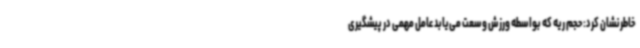
خاطرنشان کرد: حجم ریه که بواسطه ورزش وسعت می‌یابد عامل مهمی در پیشگیری